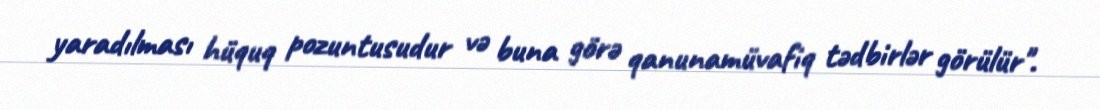
yaradılması hüquq pozuntusudur və buna görə qanunamüvafiq tədbirlər görülür".